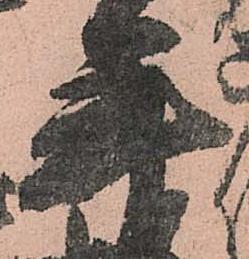
年